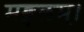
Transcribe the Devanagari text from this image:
मङ्गलम्।